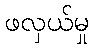
ဖလှယ်မှု